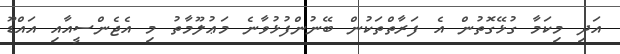
އަދި މިކަމާ ގުޅޭގޮތުން އެ ފަރާތްތަކުން ބޭނުންފުޅުވާނެ މަޢުލޫމާތު މި އެޖެންސީއާއި އައްޑޫ